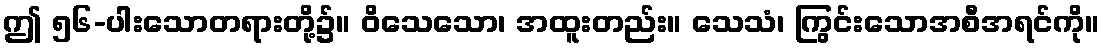
ဤ ၅၆-ပါးသောတရားတို့၌။ ဝိသေသော၊ အထူးတည်း။ သေသံ၊ ကြွင်းသောအစီအရင်ကို။